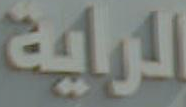
الراية